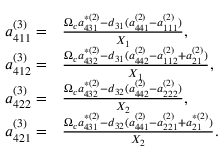
\begin{array} { r l } { a _ { 4 1 1 } ^ { ( 3 ) } = } & { \frac { \Omega _ { c } a _ { 4 3 1 } ^ { \ast ( 2 ) } - d _ { 3 1 } ( a _ { 4 4 1 } ^ { ( 2 ) } - a _ { 1 1 1 } ^ { ( 2 ) } ) } { X _ { 1 } } , } \\ { a _ { 4 1 2 } ^ { ( 3 ) } = } & { \frac { \Omega _ { c } a _ { 4 3 2 } ^ { \ast ( 2 ) } - d _ { 3 1 } ( a _ { 4 4 2 } ^ { ( 2 ) } - a _ { 1 1 2 } ^ { ( 2 ) } + a _ { 2 1 } ^ { ( 2 ) } ) } { X _ { 1 } } , } \\ { a _ { 4 2 2 } ^ { ( 3 ) } = } & { \frac { \Omega _ { c } a _ { 4 3 2 } ^ { \ast ( 2 ) } - d _ { 3 2 } ( a _ { 4 4 2 } ^ { ( 2 ) } - a _ { 2 2 2 } ^ { ( 2 ) } ) } { X _ { 2 } } , } \\ { a _ { 4 2 1 } ^ { ( 3 ) } = } & { \frac { \Omega _ { c } a _ { 4 3 1 } ^ { \ast ( 2 ) } - d _ { 3 2 } ( a _ { 4 4 1 } ^ { ( 2 ) } - a _ { 2 2 1 } ^ { ( 2 ) } + a _ { 2 1 } ^ { \ast ( 2 ) } ) } { X _ { 2 } } . } \end{array}